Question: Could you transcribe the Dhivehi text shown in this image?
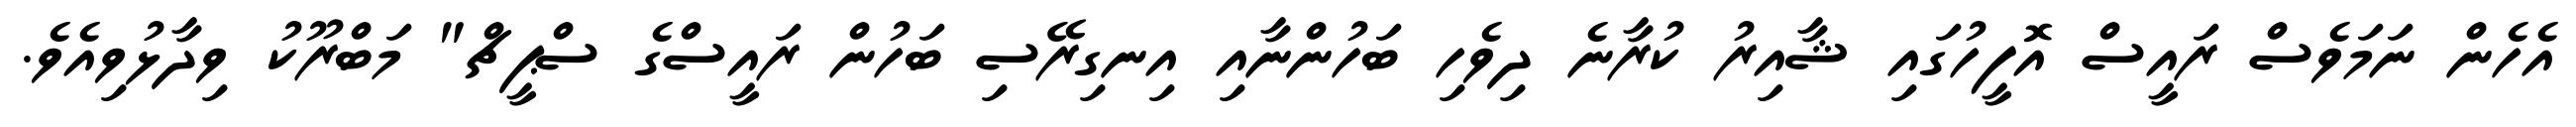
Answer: އެހެން ނަމަވެސް ރައީސް އޮފީހުގައި ޝާއިރު ކުރާނެ ދިވެހި ބަހުންނާއި އިނގިރޭސި ބަހުން ރައީސްގެ ސްޕީޗް" މަބްރޫކު ވިދާޅުވިއެވެ.